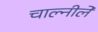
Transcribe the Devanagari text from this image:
चाल्नीले